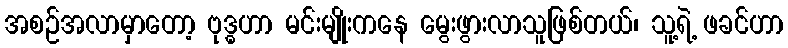
အစဉ်အလာမှာတော့ ဗုဒ္ဓဟာ မင်းမျိုးကနေ မွေးဖွားလာသူဖြစ်တယ်၊ သူ့ရဲ့ ဖခင်ဟာ